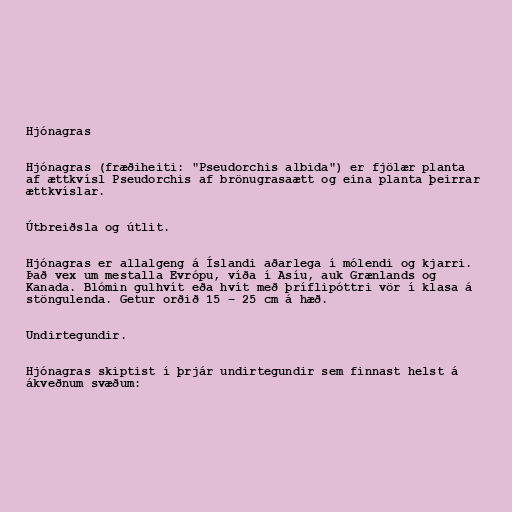
Hjónagras

Hjónagras (fræðiheiti: "Pseudorchis albida") er fjölær planta
af ættkvísl Pseudorchis af brönugrasaætt og eina planta þeirrar
ættkvíslar.

Útbreiðsla og útlit.

Hjónagras er allalgeng á Íslandi aðarlega í mólendi og kjarri.
Það vex um mestalla Evrópu, víða í Asíu, auk Grænlands og
Kanada. Blómin gulhvít eða hvít með þríflipóttri vör í klasa á
stöngulenda. Getur orðið 15 – 25 cm á hæð.

Undirtegundir.

Hjónagras skiptist í þrjár undirtegundir sem finnast helst á
ákveðnum svæðum: